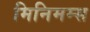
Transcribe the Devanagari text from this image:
मिनिमम्स